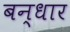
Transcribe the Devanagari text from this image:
बन्धार